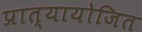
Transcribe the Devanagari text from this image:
प्रात्यायोजित